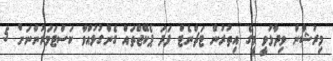
މިރުޝާން ވިދާޅުވީ މީގެ އިތުރުން ޓަޗްނެޓް ފަދަ ޕެކޭޖްތައް ގެންގުޅުއްވާ ކަސްޓަމަރުންނަށް 5